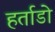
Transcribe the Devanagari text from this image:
हर्ताडो